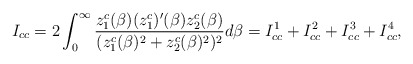
\begin{align*}I_{cc}=2 \int_{0}^{\infty} \frac{z^c_1(\beta)(z^c_1)'(\beta)z^c_2(\beta)}{(z^c_1(\beta)^2+z^c_2(\beta)^2)^2}d\beta = I_{cc}^{1} + I_{cc}^{2} + I_{cc}^{3} + I_{cc}^{4},\end{align*}